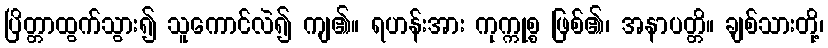
ပြိတ္တာထွက်သွား၍ သူကောင်လဲ၍ ကျ၏။ ရဟန်းအား ကုက္ကုစ္စ ဖြစ်၏၊ အနာပတ္တိ။ ချစ်သားတို့၊